Annual returns of the Patna Lunatic Asylum at Bankipore in Bihar and Orissa - 1912-1924
Year: 1912
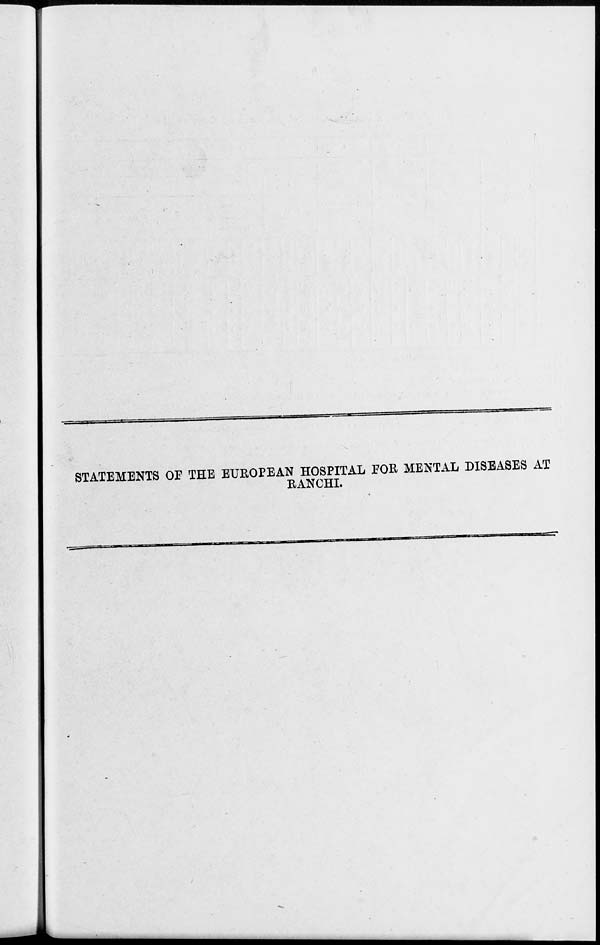
STATEMENTS OF THE EUROPEAN HOSPITAL FOR MENTAL DISEASES AT
RANCHI.